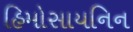
હિમોસાયનિન